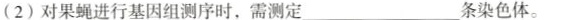
(2) 对果蝇进行基因组测序时，需测定___条染色体。